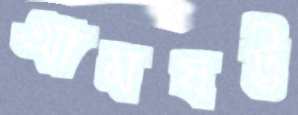
আমষট্ট